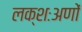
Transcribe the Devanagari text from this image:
लक्शःअणों